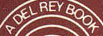
A DEL REY BOOK